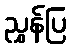
ညွှန်ပြ